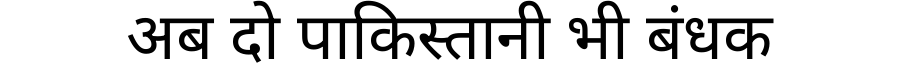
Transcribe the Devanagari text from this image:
अब दो पाकिस्तानी भी बंधक